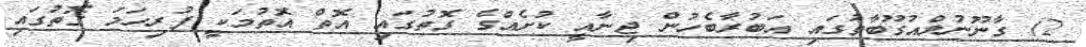
2) ގާނޫނުލްއުގޫބާތުގައި އަބުރާބެހުން ޖިނާއީ ކުށެއްގެ ގޮތުގައި އޮތް އޮތުމަކީ ފުރިހަމަ ގޮތުގައި